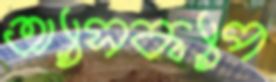
অ্যাসক্যাপ